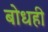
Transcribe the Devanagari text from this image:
बोधही